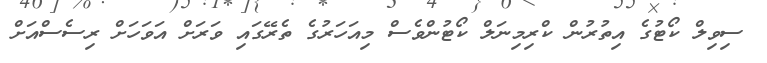
ސިވިލް ކޯޓުގެ އިތުރުން ކްރިމިނަލް ކޯޓުންވެސް މިއަހަރުގެ ތެރޭގައި ވަރަށް އަވަހަށް ރިސެސްއަށް